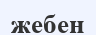
жебен